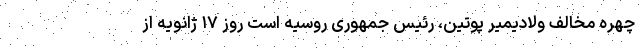
چهره مخالف ولادیمیر پوتین، رئیس جمهوری روسیه است روز ۱۷ ژانویه از